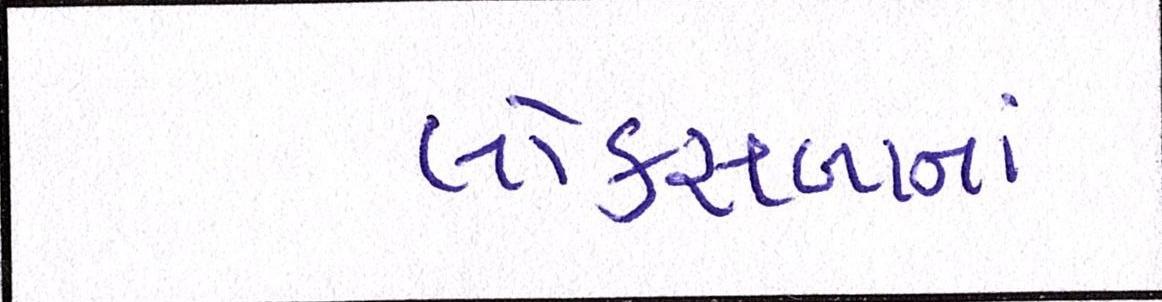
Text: લોકસબાનાં